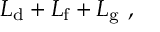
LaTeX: { \cal L } _ { \mathrm { d } } + { \cal L } _ { \mathrm { f } } + { \cal L } _ { \mathrm { g } } \ ,